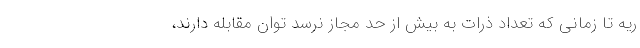
ریه تا زمانی که تعداد ذرات به بیش از حد مجاز نرسد توان مقابله دارند،